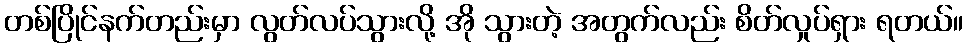
တစ်ပြိုင်နက်တည်းမှာ လွတ်လပ်သွားလို့ အို သွားတဲ့ အတွက်လည်း စိတ်လှုပ်ရှား ရတယ်။